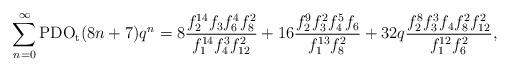
LaTeX: \begin{align*}\sum_{n=0}^{\infty}\textup{PDO}_\textup{t}(8n+7)q^n&=8\dfrac{f_2^{14}f_3f_{6}^4f_{8}^2}{f_1^{14}f_4^3f_{12}^2}+16\dfrac{f_2^9f_3^2f_4^5f_{6}}{f_1^{13}f_{8}^2}+32q\dfrac{f_2^{8}f_3^3f_4f_{8}^2f_{12}^2}{f_1^{12}f_{6}^2},\end{align*}